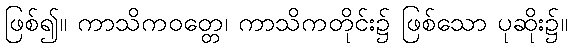
ဖြစ်၍။ ကာသိကဝတ္တေ၊ ကာသိကတိုင်း၌ ဖြစ်သော ပုဆိုး၌။